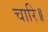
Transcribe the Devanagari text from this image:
चारि॥